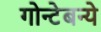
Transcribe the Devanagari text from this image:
गोन्टेबन्ये